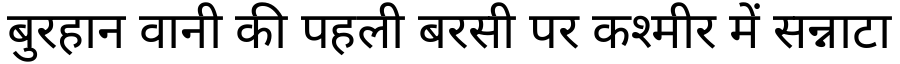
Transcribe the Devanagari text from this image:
बुरहान वानी की पहली बरसी पर कश्मीर में सन्नाटा